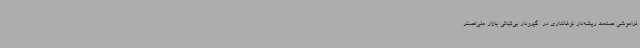
فراموشی صنعت ریشه‌دار نوغانداری در  گیرودار بی‌ثباتی بازار علی‌اصغر